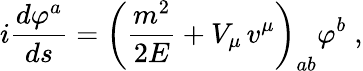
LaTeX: i\frac{d\varphi^{a}}{ds}=\left(\frac{m^{2}}{2E}+V_{\mu}\, v^{\mu}\right)_{ab}\varphi^{b}\; ,